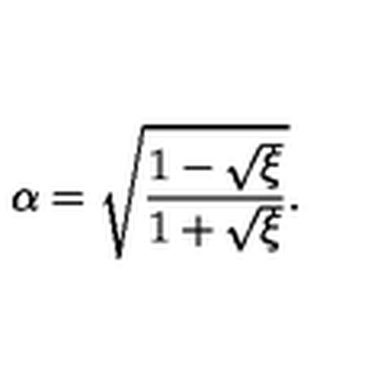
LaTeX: \alpha = \sqrt { \frac { 1 - \sqrt { \xi } } { 1 + \sqrt { \xi } } } .